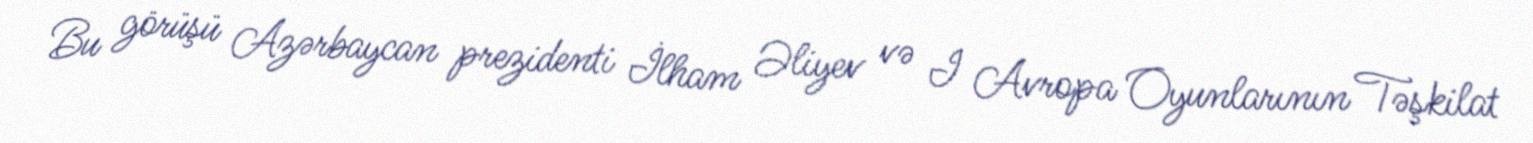
Bu görüşü Azərbaycan prezidenti İlham Əliyev və I Avropa Oyunlarının Təşkilat